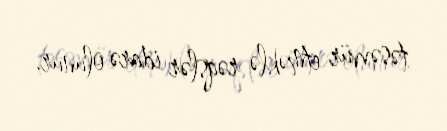
təsəvvür etməklə rəqslər idarə olunur.